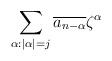
LaTeX: \begin{align*}\sum_{\alpha: |\alpha| = j} \overline{a_{n-\alpha}} \zeta^{\alpha}\end{align*}